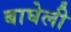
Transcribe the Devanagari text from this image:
बाघेली